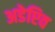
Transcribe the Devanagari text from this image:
अडेप्टिव